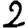
Digit: 2